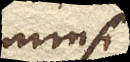
immissa